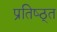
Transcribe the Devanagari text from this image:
प्रतिष्ठ्त